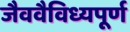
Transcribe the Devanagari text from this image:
जैववैविध्यपूर्ण